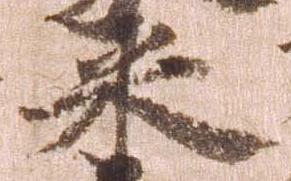
米